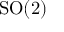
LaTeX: { \mathrm { S O } } ( 2 )